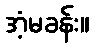
အံ့မခန်း။